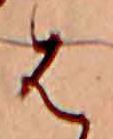
は